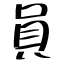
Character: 員